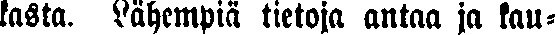
kasta. Lähempiä tietoja antaa ja kau-